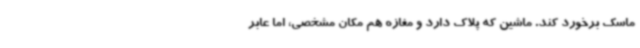
ماسک برخورد کند. ماشین که پلاک دارد و مغازه هم مکان مشخصی، اما عابر